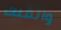
والملك